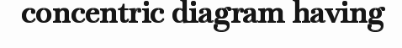
concentric diagram having